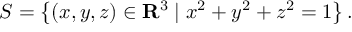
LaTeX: S = \left\{ ( x , y , z ) \in \mathbf { R } ^ { 3 } \mid x ^ { 2 } + y ^ { 2 } + z ^ { 2 } = 1 \right\} .